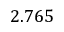
2 . 7 6 5